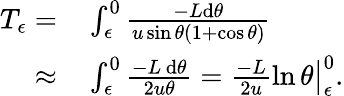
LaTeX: \begin{array}{rl}{T_{\epsilon}=}&{{}\int_{\epsilon}^{0}\frac{-L\mathrm{d}\theta}{u\sin\theta(1+\cos\theta)}}\\ {\approx}&{{}\int_{\epsilon}^{0}\frac{-L\, \mathrm{d}\theta}{2u\theta}=\frac{-L}{2u}\ln\theta\big\vert_{\epsilon}^{0}.}\end{array}